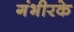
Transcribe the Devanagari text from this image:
गंभीरके